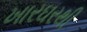
ખારઘરથી